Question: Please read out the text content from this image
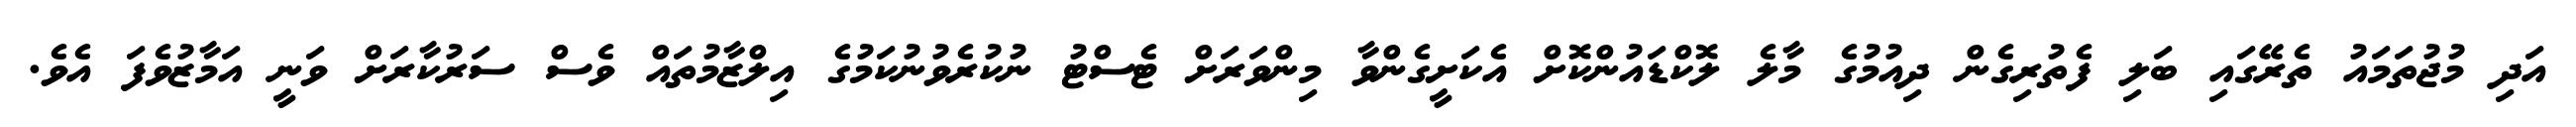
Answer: އަދި މުޖުތަމައު ތެރޭގައި ބަލި ފެތުރިގެން ދިއުމުގެ މާލެ ލޮކްޑައުންކޮށް އެކަށީގެންވާ މިންވަރަށް ޓެސްޓު ނުކުރެވުނުކަމުގެ އިލްޒާމުތައް ވެސް ސަރުކާރަށް ވަނީ އަމާޒުވެފަ އެވެ.